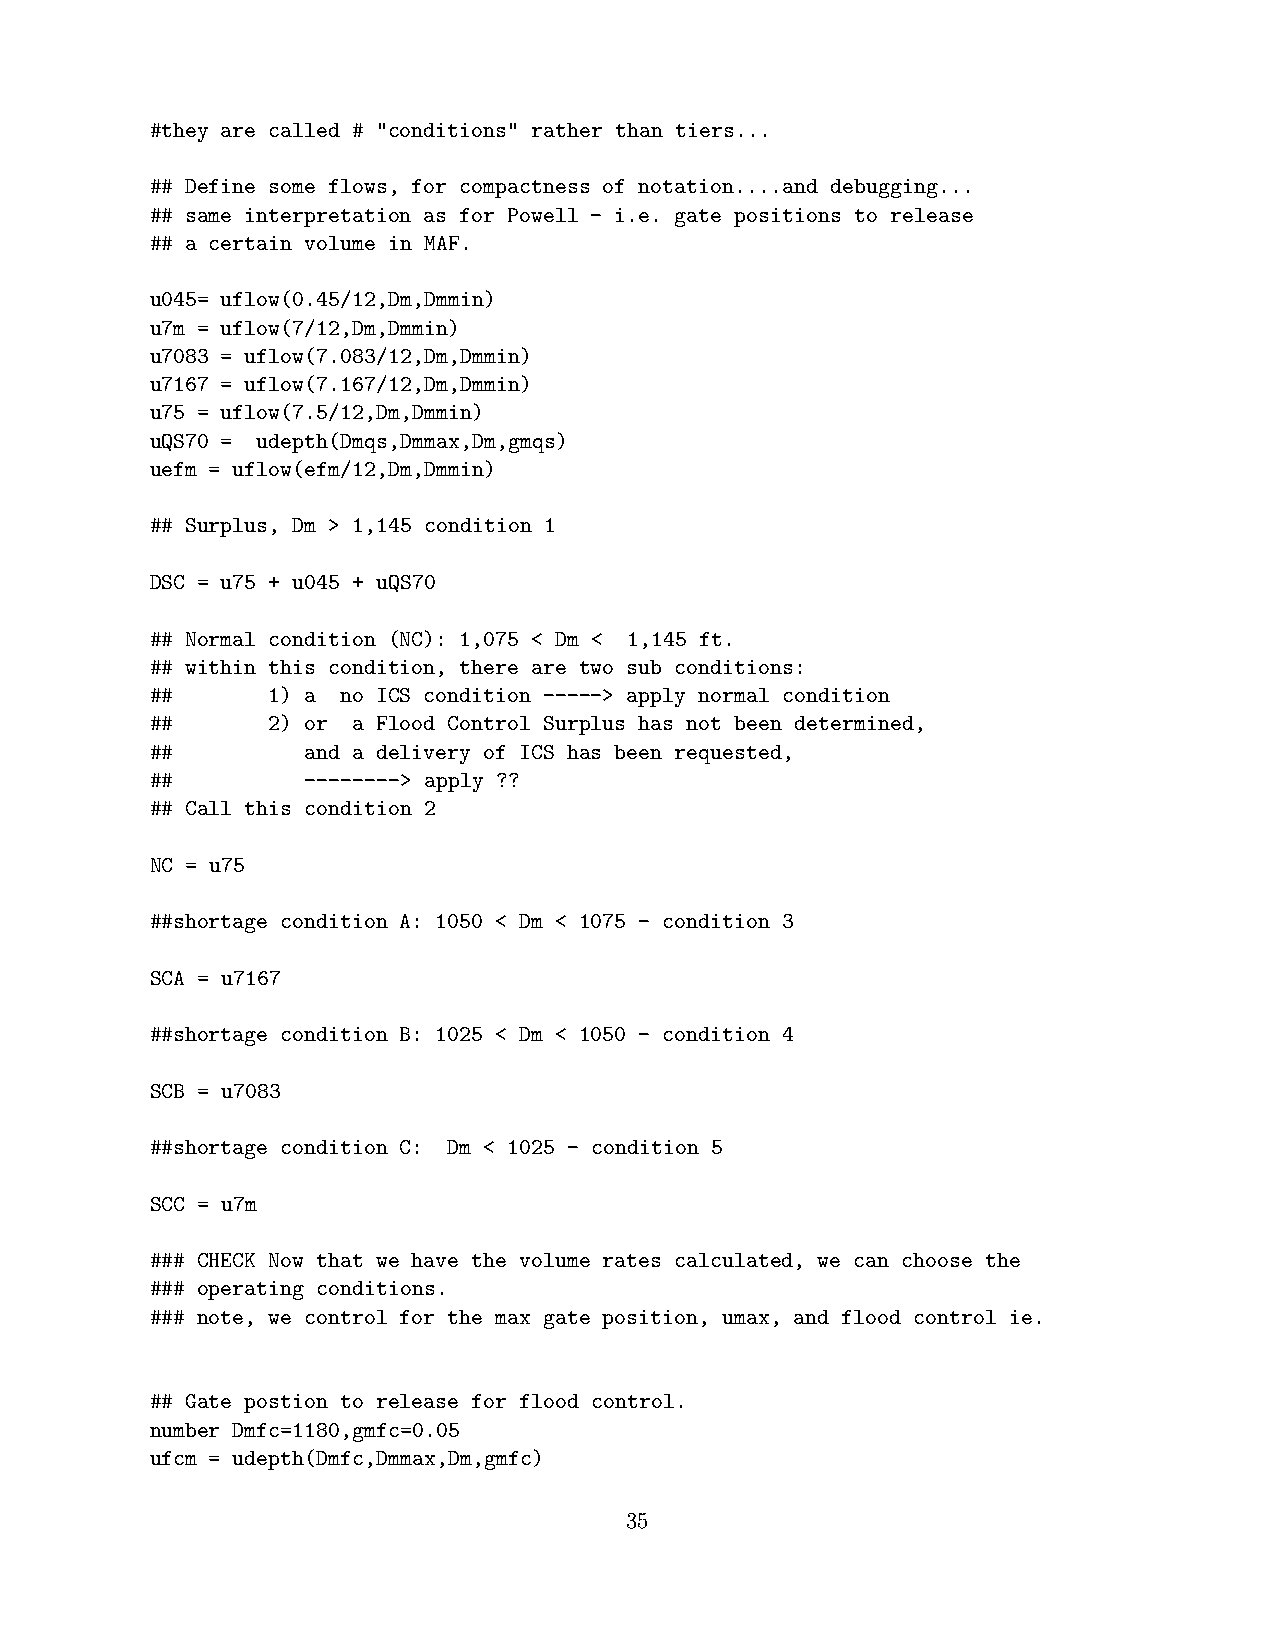
#they are called # "conditions" rather than tiers...
 ## Define some flows, for compactness of notation....and debugging...
 ## same interpretation as for Powell - i.e. gate positions to release
 ## a certain volume in MAF.
 u045= uflow(0.45/12,Dm,Dmmin)
 u7m = uflow(7/12,Dm,Dmmin)
 u7083 = uflow(7.083/12,Dm,Dmmin)
 u7167 = uflow(7.167/12,Dm,Dmmin)
 u75 = uflow(7.5/12,Dm,Dmmin)
 uQS70 = udepth(Dmqs,Dmmax,Dm,gmqs)
 uefm = uflow(efm/12,Dm,Dmmin)
 ## Surplus, Dm > 1,145 condition 1
 DSC = u75 + u045 + uQS70
 ## Normal condition (NC): 1,075 < Dm < 1,145 ft.
 ## within this condition, there are two sub conditions:
 ##      1) a no ICS condition -----> apply normal condition
 ##      2) or a Flood Control Surplus has not been determined,
 ##        and a delivery of ICS has been requested,
 ##        --------> apply ??
 ## Call this condition 2
 NC = u75
 ##shortage condition A: 1050 < Dm < 1075 - condition 3
 SCA = u7167
 ##shortage condition B: 1025 < Dm < 1050 - condition 4
 SCB = u7083
 ##shortage condition C: Dm < 1025 - condition 5
 SCC = u7m
 ### CHECK Now that we have the volume rates calculated, we can choose the
 ### operating conditions.
 ### note, we control for the max gate position, umax, and flood control ie.
 ## Gate postion to release for flood control.
 number Dmfc=1180,gmfc=0.05
 ufcm = udepth(Dmfc,Dmmax,Dm,gmfc)
 35